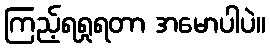
ကြည့်ရရှုရတာ အမောပါပဲ။